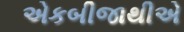
એકબીજાથીએ